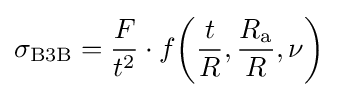
\sigma _{\mathrm {B3B} }={\frac {F}{t^{2}}}\cdot f{\biggl (}{\frac {t}{R}},{\frac {R_{\text{a}}}{R}},\nu {\biggl )}